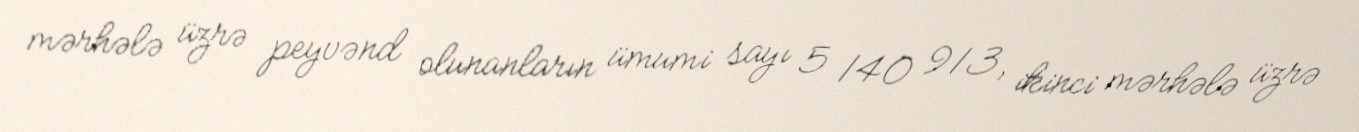
mərhələ üzrə peyvənd olunanların ümumi sayı 5 140 913, ikinci mərhələ üzrə